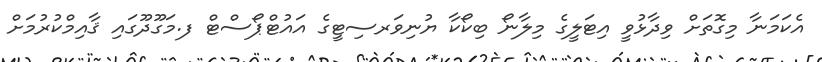
އެކަމަނާ މިގޮތަށް ވިދާޅުވީ އިޓަލީގެ މިލާނޯ ބިކޯކާ ޔުނިވަރސިޓީގެ އައުޓްޕޯސްޓް ފ.މަގޫދޫގައި ޤާއިމްކުރުމަށް